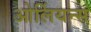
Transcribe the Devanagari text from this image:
ओर्लियन्स